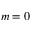
m = 0